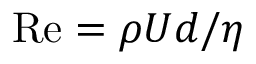
\mathrm { R e } = \rho U d / \eta